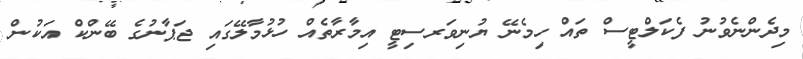
މިދެންނެވުނު ފެކަލްޓީސް ތައް ހިމެނޭ ޔުނިވަރސިޓީ އިމާރާތެއް ހުޅުމާލޭގައި ޖަޕާނުގެ ބޭންކް އަކުން